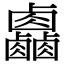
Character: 𠨋